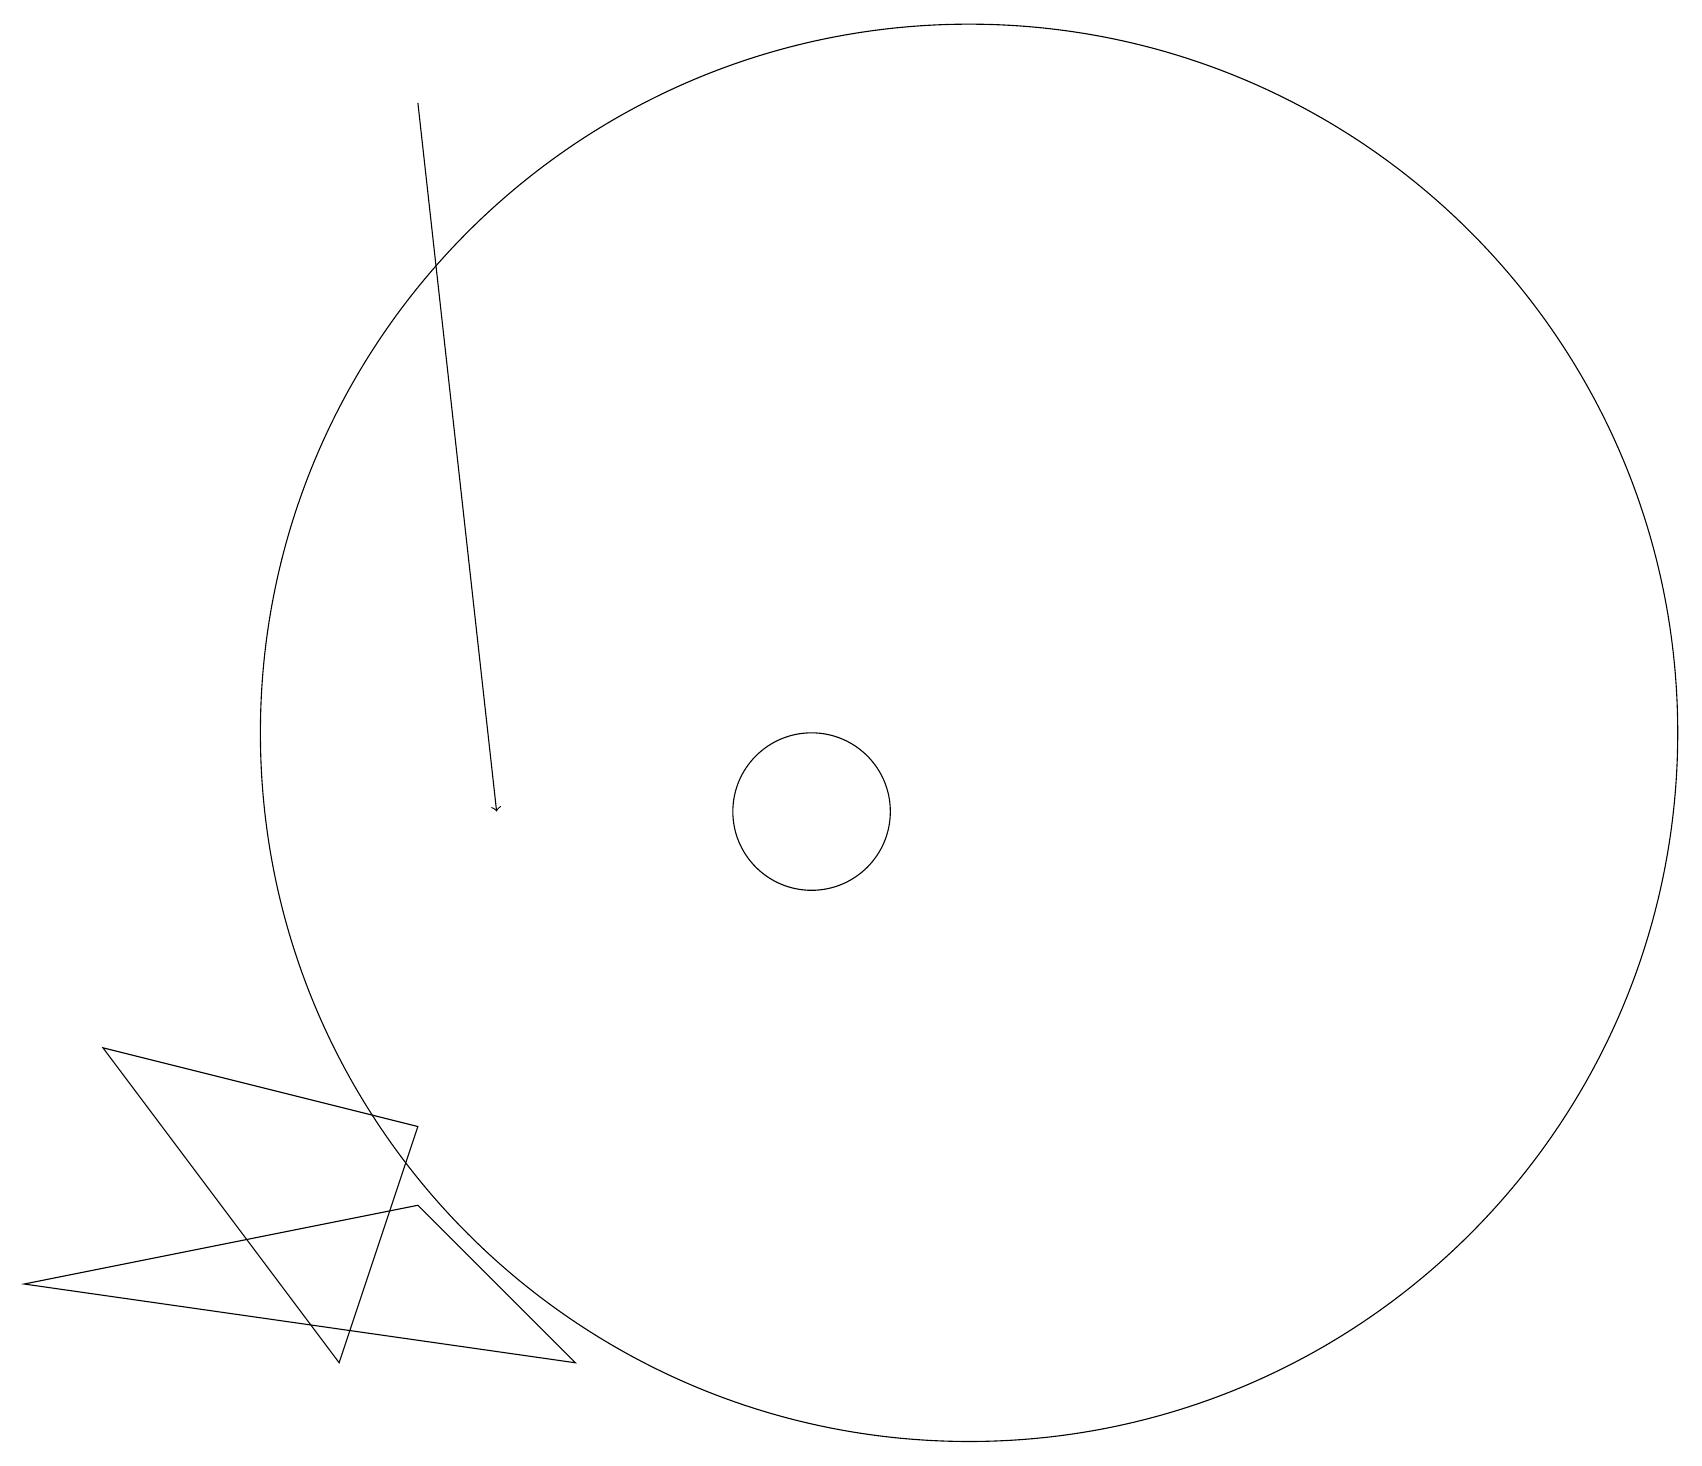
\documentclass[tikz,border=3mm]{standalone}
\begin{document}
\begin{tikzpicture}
\draw[->] (5,19) -- (6,10);
\draw (11,12) circle (0);
\draw (12,11) circle (9);
\draw (0,4) -- (5,5) -- (7,3) -- cycle;
\draw (10,10) circle (1);
\draw (4,3) -- (5,6) -- (1,7) -- cycle;
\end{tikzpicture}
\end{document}